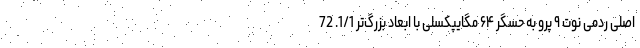
اصلی ردمی نوت ۹ پرو به حسگر ۶۴ مگایپکسلی با ابعاد بزرگ‌ترِ 1/1. 72